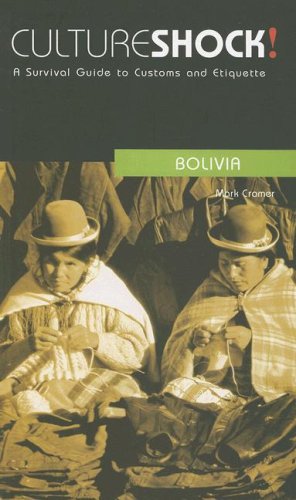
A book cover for Culture Shock! Bolivia: A Survival Guide to Customs and Etiquette (Culture Shock! Guides); Mark Cramer; Travel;